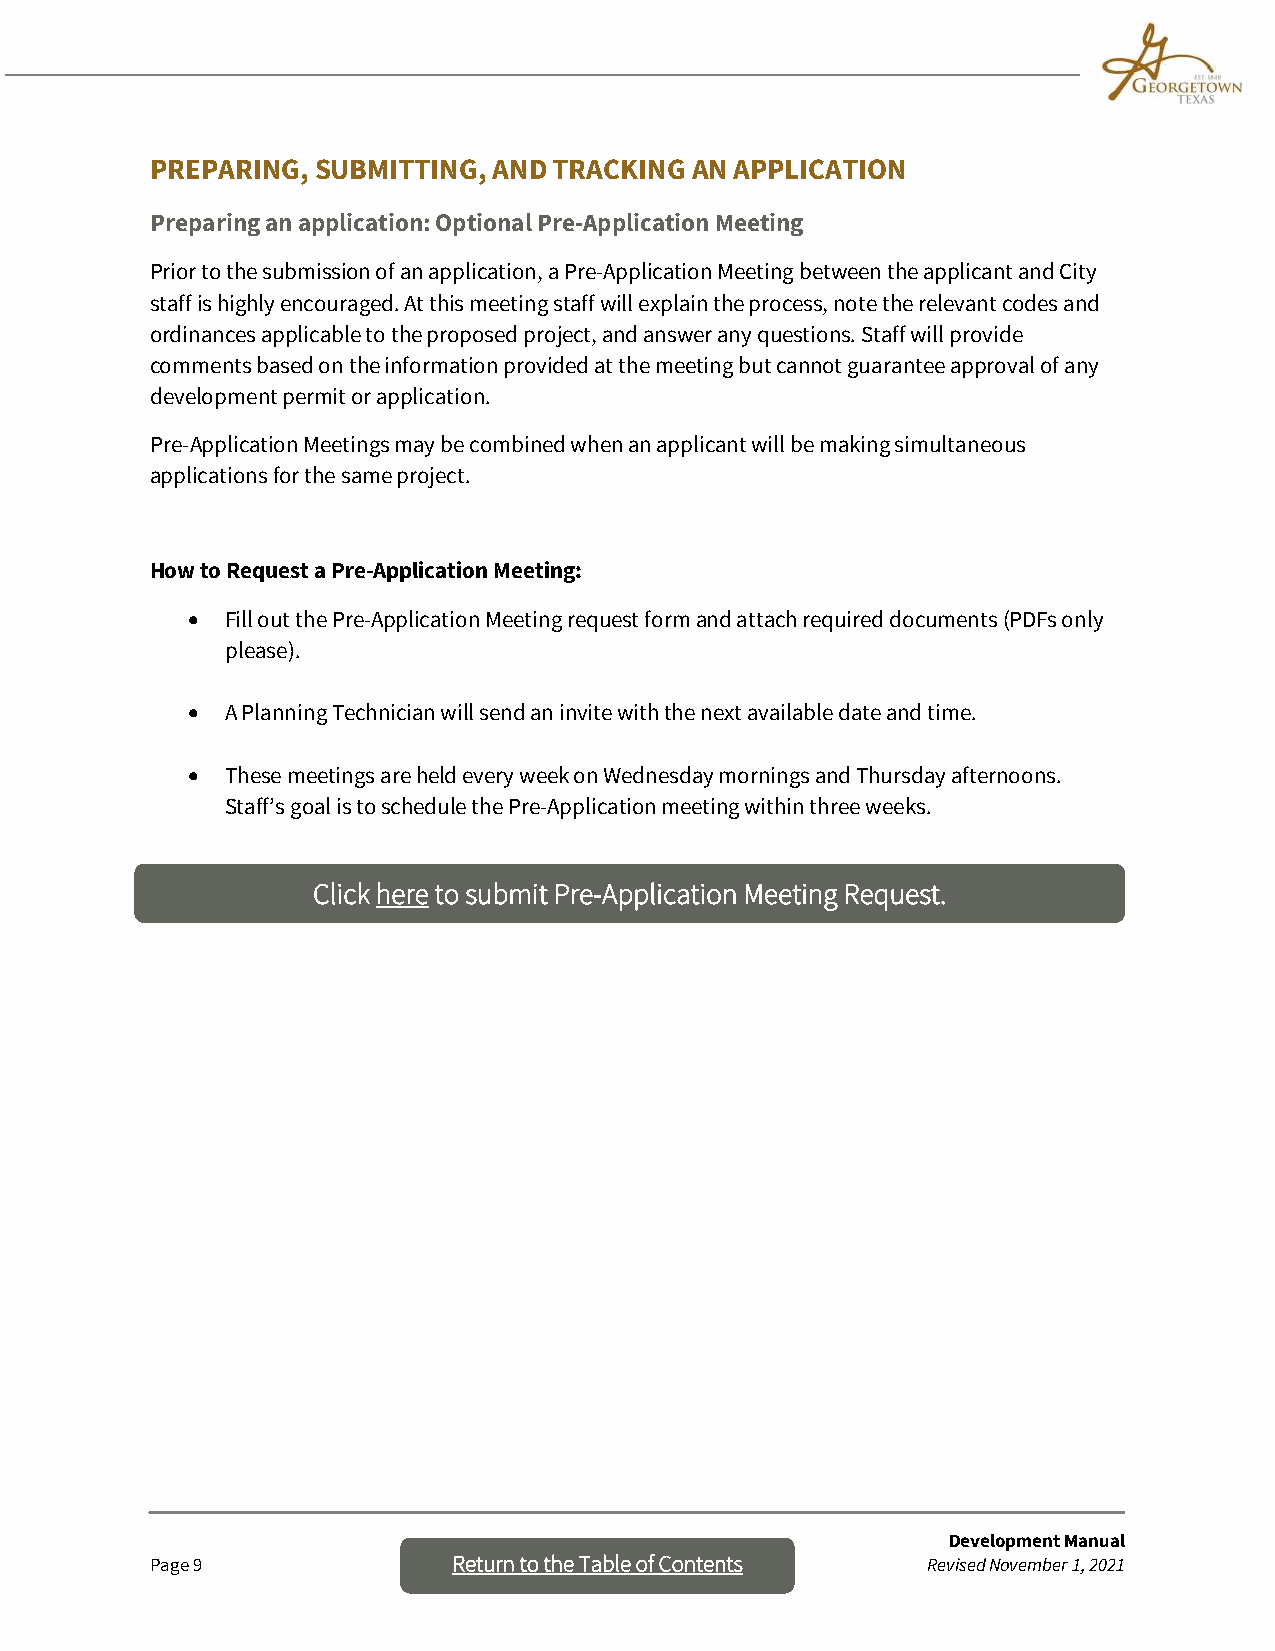
PREPARING, SUBMITTING, AND TRACKING AN APPLICATION
 Preparing an application: Optional Pre-Application Meeting
 Prior to the submission of an application, a Pre-Application Meeting between the applicant and City
 staff is highly encouraged. At this meeting staff will explain the process, note the relevant codes and
 ordinances applicable to the proposed project, and answer any questions. Staff will provide
 comments based on the information provided at the meeting but cannot guarantee approval of any
 development permit or application.
 Pre-Application Meetings may be combined when an applicant will be making simultaneous
 applications for the same project.
 How to Request a Pre-Application Meeting:
 •  Fill out the Pre-Application Meeting request form and attach required documents (PDFs only
 please).
 •  A Planning Technician will send an invite with the next available date and time.
 •  These meetings are held every week on Wednesday mornings and Thursday afternoons.
 Staff’s goal is to schedule the Pre-Application meeting within three weeks.
 Click here to submit Pre-Application Meeting Request.
 Development Manual
 Page 9              Return to the Table o f Contents Revised November 1, 2021